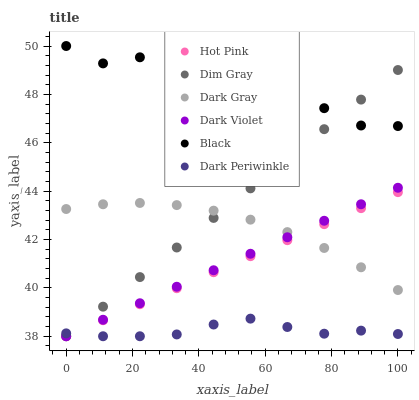
| xaxis_label | Hot Pink | Dim Gray | Dark Gray | Dark Violet | Black | Dark Periwinkle |
 | --- | --- | --- | --- | --- | --- | --- |
 | 0 | 38 | 38 | 43.3 | 38 | 50 | 38.1 |
 | 11.1 | 38.7 | 39.2 | 43.5 | 38.7 | 49.3 | 38 |
 | 22.2 | 39.3 | 40.4 | 43.5 | 39.4 | 49.5 | 38 |
 | 33.3 | 40 | 41.7 | 43.4 | 40 | 48.8 | 38.1 |
 | 44.4 | 40.6 | 42.9 | 43.2 | 40.7 | 48.4 | 38.5 |
 | 55.6 | 41.3 | 44.1 | 42.8 | 41.4 | 48.1 | 38.7 |
 | 66.7 | 42 | 45.3 | 42.3 | 42.1 | 47.7 | 38.4 |
 | 77.8 | 42.6 | 46.6 | 41.7 | 42.8 | 47.4 | 38.1 |
 | 88.9 | 43.3 | 47.8 | 40.9 | 43.5 | 46.7 | 38.2 |
 | 100 | 44 | 49 | 39.9 | 44.1 | 46.7 | 38.1 |